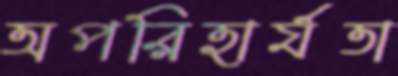
অপরিহার্যতা